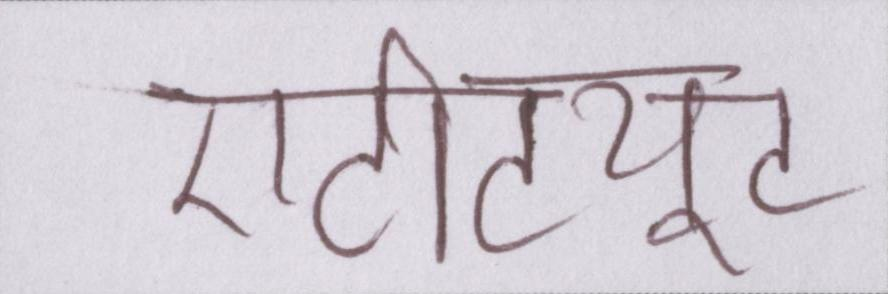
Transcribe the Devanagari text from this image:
एटीट्यूट